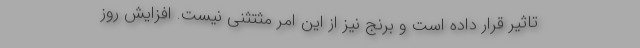
تاثیر قرار داده است و برنج نیز از این امر مثتثنی نیست. افزایش روز